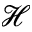
\mathcal { H }